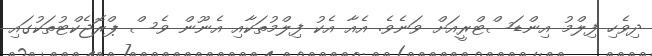
ދިވެހި ފިލްމު އިންޑަސްޓްރީއަށް ވަނެވެ. އެއާ އެކު ފިލްމުތަކާއި އެނޫން ވެސް ޕްރޮޖެކްޓުތަކުގައި